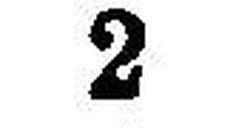
2